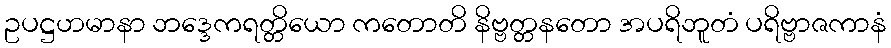
ဥပဋ္ဌဟမာနာ ဘဒ္ဒေကရတ္တိယော ကတောတိ နိဗ္ဗတ္တနတော အပရိဘူတံ ပရိဗ္ဗာဇကာနံ